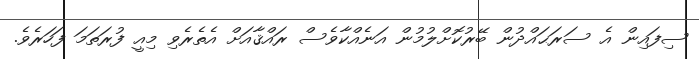
ސިފައިން އެ ސަރަޙައްދުން ބޭރުކޮށްލުމުން އަނެއްކާވެސް ރައްޤާއަށް އެތެރެވި މިއީ ފުރަތަމަ ފަހަރެވެ.